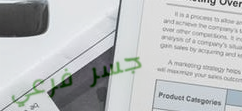
جسر فرعي